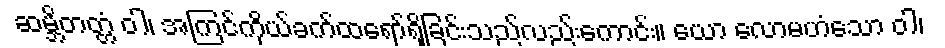
ဆမ္ဘိတတ္တံ ဝါ၊ အကြင်ကိုယ်ခက်ထရော်ရှိခြင်းသည်လည်းကောင်း။ ယော လောမဟံသော ဝါ၊